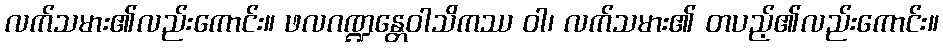
လက်သမား၏လည်းကောင်း။ ဖလဂဏ္ဍန္တေဝါသိကဿ ဝါ၊ လက်သမား၏ တပည့်၏လည်းကောင်း။